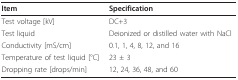
| Item | Specification |
 | --- | --- |
 | Test voltage [kV] | DC+3 |
 | Test liquid | Deionized or distilled water with NaCl |
 | Conductivity [mS/cm] | 0.1, 1, 4, 8, 12, and 16 |
 | Temperature of test liquid [°C] | 23 ± 3 |
 | Dropping rate [drops/min] | 12, 24, 36, 48, and 60 |